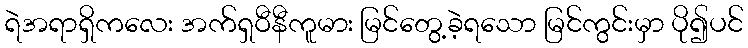
ရဲအရာရှိကလေး အက်ရှဝီနီကူမား မြင်တွေ့ခဲ့ရသော မြင်ကွင်းမှာ ပို၍ပင်